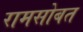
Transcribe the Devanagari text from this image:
रामसोबत